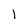
Character: l